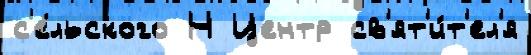
с'е́льского Н Центр св'ят'и́т'ел'я